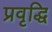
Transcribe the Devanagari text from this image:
प्रवृद्धि